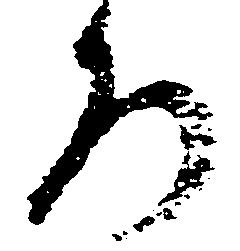
ろ